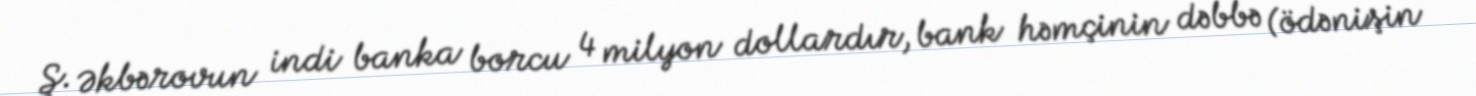
Ş. Əkbərovun indi banka borcu 4 milyon dollardır, bank həmçinin dəbbə (ödənişin